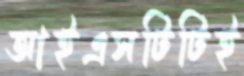
আইএসটিটিই